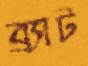
ব্র্যাট